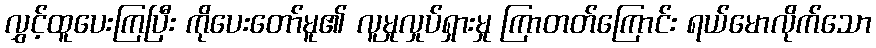
လွှင့်ထူပေးကြပြီး ကိုပေးတော်မူ၏ လူမှုလှုပ်ရှားမှု ကြာတတ်ကြောင်း ရယ်မောလိုက်သော